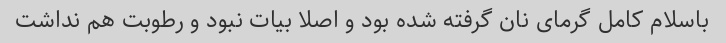
باسلام کامل گرمای نان گرفته شده بود و اصلا بیات نبود و رطوبت هم نداشت